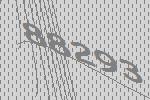
88293